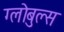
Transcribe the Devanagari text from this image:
ग्लोबुल्स